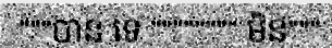
"""បាន ទេ """""""" មិន"""